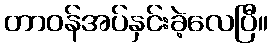
တာဝန်အပ်နှင်းခဲ့လေပြီ။